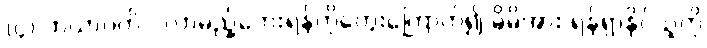
(၄) ဘယာဂတိ - လာမည့်ဘေးရန်ကိုတွေးကြောက်၍ မိမိအား ရန်ရှာနိုင်သူကို